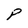
Character: P